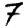
Digit: 7